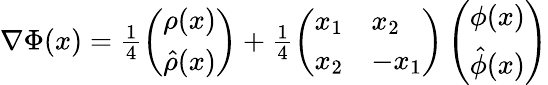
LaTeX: \begin{array}{r}{\nabla\Phi(x)=\frac 14\left(\begin{array}{l}{\rho(x)}\\ {\hat{\rho}(x)}\end{array}\right)+\frac 14\left(\begin{array}{ll}{x_{1}}&{x_{2}}\\ {x_{2}}&{-x_{1}}\end{array}\right)\left(\begin{array}{l}{\phi(x)}\\ {\hat{\phi}(x)}\end{array}\right)}\end{array}